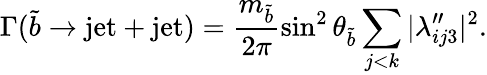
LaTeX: \Gamma(\widetilde b\rightarrow\mathrm{jet}+\mathrm{jet})=\frac{m_{\widetilde b}}{2\pi}\sin^{2}\theta_{\widetilde{b}}\sum_{j<k}|\lambda_{ij3}^{\prime\prime}|^{2}.